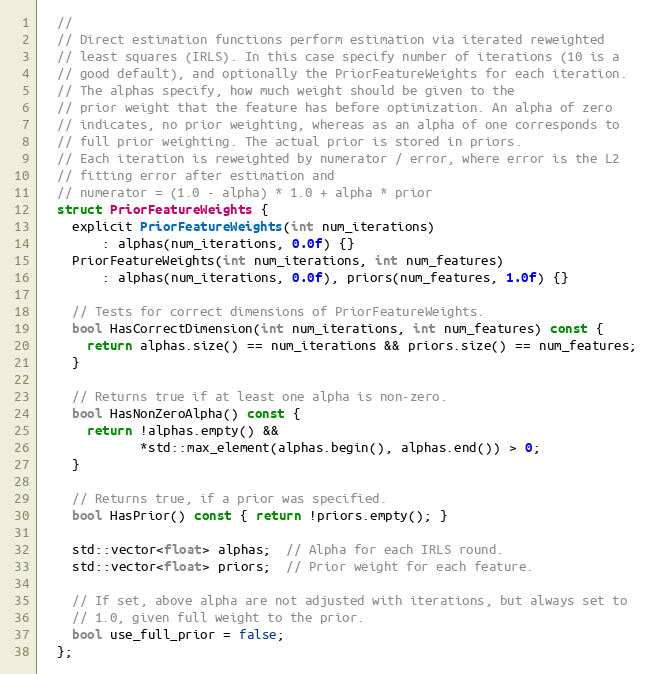
Language: C
  //
  // Direct estimation functions perform estimation via iterated reweighted
  // least squares (IRLS). In this case specify number of iterations (10 is a
  // good default), and optionally the PriorFeatureWeights for each iteration.
  // The alphas specify, how much weight should be given to the
  // prior weight that the feature has before optimization. An alpha of zero
  // indicates, no prior weighting, whereas as an alpha of one corresponds to
  // full prior weighting. The actual prior is stored in priors.
  // Each iteration is reweighted by numerator / error, where error is the L2
  // fitting error after estimation and
  // numerator = (1.0 - alpha) * 1.0 + alpha * prior
  struct PriorFeatureWeights {
    explicit PriorFeatureWeights(int num_iterations)
        : alphas(num_iterations, 0.0f) {}
    PriorFeatureWeights(int num_iterations, int num_features)
        : alphas(num_iterations, 0.0f), priors(num_features, 1.0f) {}

    // Tests for correct dimensions of PriorFeatureWeights.
    bool HasCorrectDimension(int num_iterations, int num_features) const {
      return alphas.size() == num_iterations && priors.size() == num_features;
    }

    // Returns true if at least one alpha is non-zero.
    bool HasNonZeroAlpha() const {
      return !alphas.empty() &&
             *std::max_element(alphas.begin(), alphas.end()) > 0;
    }

    // Returns true, if a prior was specified.
    bool HasPrior() const { return !priors.empty(); }

    std::vector<float> alphas;  // Alpha for each IRLS round.
    std::vector<float> priors;  // Prior weight for each feature.

    // If set, above alpha are not adjusted with iterations, but always set to
    // 1.0, given full weight to the prior.
    bool use_full_prior = false;
  };